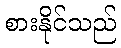
စားနိုင်သည်